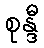
စုန္ဒီ